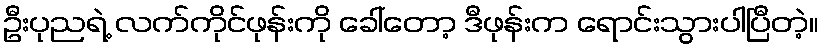
ဦးပုညရဲ့ လက်ကိုင်ဖုန်းကို ခေါ်တော့ ဒီဖုန်းက ရောင်းသွားပါပြီတဲ့။